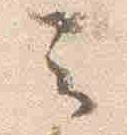
云